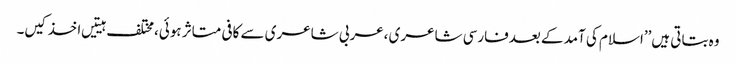
وہ بتاتی ہیں’’اسلام کی آمد کے بعدفارسی شاعری ،عربی شاعری سے کافی متاثر ہوئی،مختلف ہیتیں اخذ کیں۔